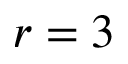
r = 3